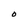
Character: O